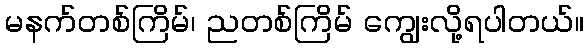
မနက်တစ်ကြိမ်၊ ညတစ်ကြိမ် ကျွေးလို့ရပါတယ်။